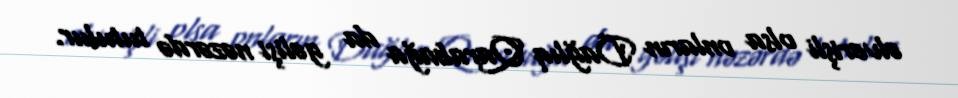
əlverişli olsa onların Dağlıq Qarabağa da gəlişi nəzərdə tutulur.